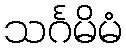
သင်္ဂမိမံ